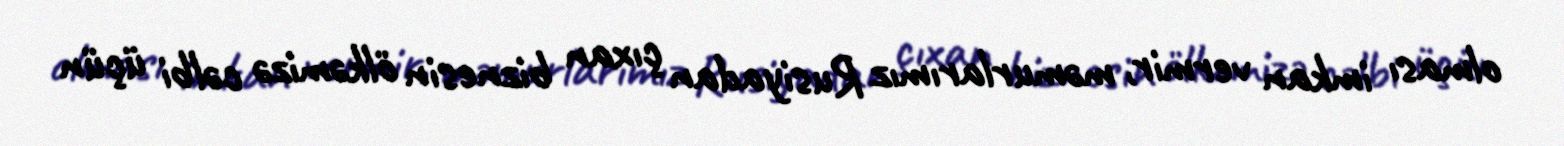
olması imkan vermir, məmurlarımız Rusiyadan çıxan biznesin ölkəmizə cəlbi üçün